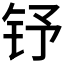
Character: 𮷽